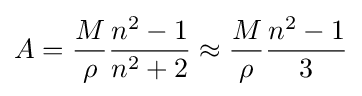
A={\frac {M}{\rho }}{\frac {n^{2}-1}{n^{2}+2}}\approx {\frac {M}{\rho }}{\frac {n^{2}-1}{3}}